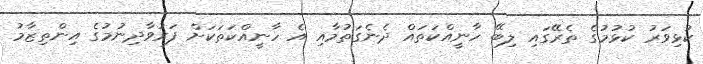
ކުޅިވަރު ކުޅުމުގެ ތެރޭގައި ލިބޭ ހާނީއްކަތައް ދެނެގަތުމާއި އެ ހާނީއްކަތަކަށް ފަރުވާދިނުމުގެ އިންތިޒާމު